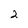
Character: 2